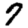
Digit: 7